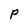
Character: P